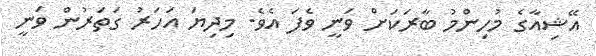
އޭޝިއާގެ މުހިންމު ބާރަކަށް ވަނީ ވެފަ އެވެ. މިދިޔަ އަހަރު ގަތަރުން ވަނީ